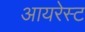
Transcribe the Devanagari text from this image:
आयरेस्ट